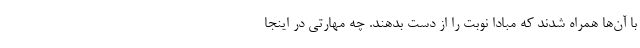
با آن‌ها همراه شدند که مبادا نوبت را از دست بدهند. چه مهارتی در اینجا